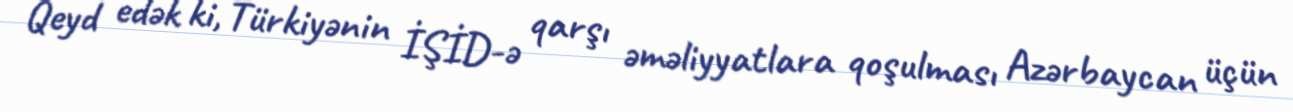
Qeyd edək ki, Türkiyənin İŞİD-ə qarşı əməliyyatlara qoşulması Azərbaycan üçün